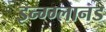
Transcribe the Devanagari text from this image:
इन्ग्ग्लानड